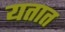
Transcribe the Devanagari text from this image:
यतात